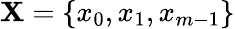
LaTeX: \mathbf{X}=\{ x_{0},x_{1},x_{m-1}\}